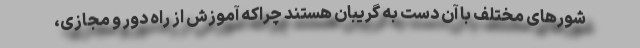
شورهای مختلف با آن دست به گریبان هستند چراکه آموزش از راه دور و مجازی،